Calcutta medical institutions reports 1871-78
Year: 1871
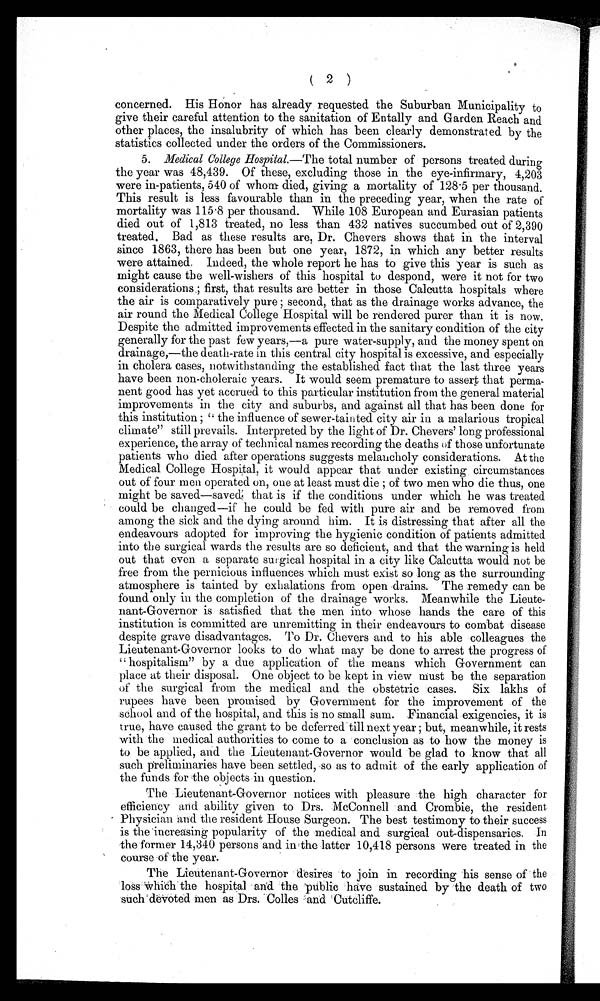
(2
)
concerned. His Honor has already requested the Suburban Municipality to
give their careful attention to the sanitation of Entally and Garden Reach and
other places, the insalubrity of which has been clearly demonstrated by the
statistics collected under the orders of the Commissioners.
5. Medical College Hospital.— The total number of persons treated during
the year was 48,439. Of these, excluding those in the eye-infirmary, 4,203
were in-patients, 540 of whom died, giving a mortality of 128.5 per thousand.
This result is less favourable than in the preceding year, when the rate of
mortality was 115.8 per thousand. While 108 European and Eurasian patients
died out of 1,813 treated, no less than 432 natives succumbed out of 2,390
treated. Bad as these results are, Dr. Chevers shows that in the interval
since 1863, there has been but one year, 1872, in which any better results
were attained. Indeed, the whole report he has to give this year is such as
might cause the well-wishers of this hospital to despond, were it not for two
considerations ; first, that results are better in those Calcutta hospitals where
the air is comparatively pure ; second, that as the drainage works advance, the
air round the Medical College Hospital will be rendered purer than it is now.
Despite the admitted improvements effected in the sanitary condition of the city
generally for the past few years,—a pure water-supply, and the money spent on
drainage,—the death-rate in this central city hospital is excessive, and especially
in cholera cases, notwithstanding the established fact that the last three years
have been non-choleraic years. It would seem premature to assert that perma-
nent good has yet accrued to this particular institution from the general material
improvements in the city and suburbs, and against all that has been done for
this institution ; " the influence of sewer-tainted city air in a malarious tropical
climate" still prevails. Interpreted by the light of Dr. Chevers' long professional
experience, the array of technical names recording the deaths of those unfortunate
patients who died after operations suggests melancholy considerations. At the
Medical College Hospital, it would appear that under existing circumstances
out of four men operated on, one at least must die ; of two men who die thus, one
might be saved—saved; that is if the conditions under which he was treated
could be changed—if he could be fed with pure air and be removed from
among the sick and the dying around him. It is distressing that after all the
endeavours adopted for improving the hygienic condition of patients admitted
into the surgical wards the results are so deficient, and that the warning is held
out that even a separate surgical hospital in a city like Calcutta would not be
free from the pernicious influences which must exist so long as the surrounding
atmosphere is tainted by exhalations from open drains. The remedy can be
found only in the completion of the drainage works. Meanwhile the Lieute-
nant-Governor is satisfied that the men into whose hands the care of this
institution is committed are unremitting in their endeavours to combat disease
despite grave disadvantages. To Dr. Chevers and to his able colleagues the
Lieutenant-Governor looks to do what may be done to arrest the progress of
"hospitalism" by a due application of the means which Government can
place at their disposal. One object to be kept in view must be the separation
of the surgical from the medical and the obstetric cases. Six lakhs of
rupees have been promised by Government for the improvement of the
school and of the hospital, and this is no small sum. Financial exigencies, it is
true, have caused the grant to be deferred till next year ; but, meanwhile, it rests
with the medical authorities to come to a conclusion as to how the money is
to be applied, and the Lieutenant-Governor would be glad to know that all
such preliminaries have been settled, so as to admit of the early application of
the funds for the objects in question.
The Lieutenant-Governor notices with pleasure the high character for
efficiency and ability given to Drs. McConnell and Crombie, the resident
Physician and the resident House Surgeon. The best testimony to their success
is the increasing popularity of the medical and surgical out-dispensaries. In
the former 14,340 persons and in the latter 10,418 persons were treated in the
course of the year.
The Lieutenant-Governor desires to join in recording his sense of the
loss which the hospital and the public have sustained by the death of two
such devoted men as Drs. Cones and Cutcliffe.